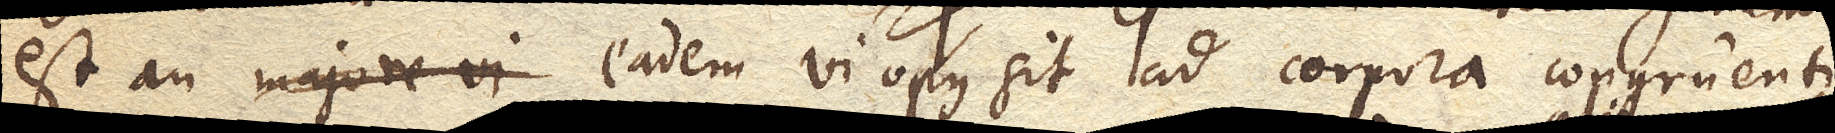
est an majore vi eadem vi opus sit ad corpora congruentia